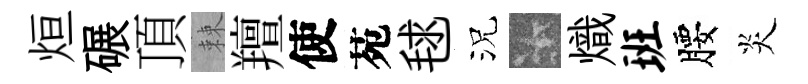
烜碾頂棘羶使苑毬況卡熾班腰炎